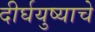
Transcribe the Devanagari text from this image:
दीर्घयुष्याचे